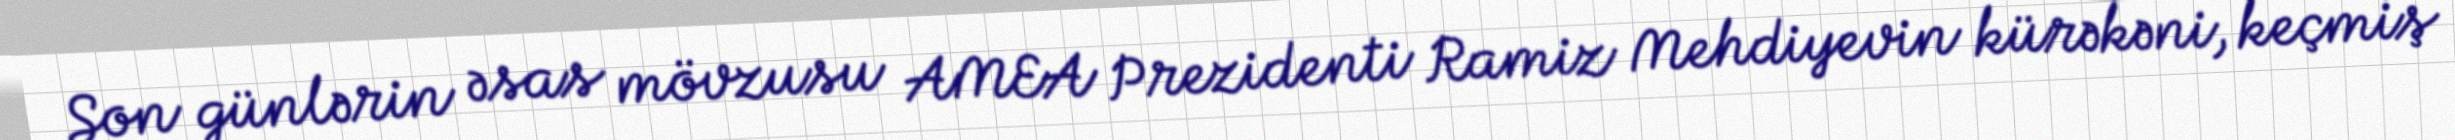
Son günlərin əsas mövzusu AMEA Prezidenti Ramiz Mehdiyevin kürəkəni, keçmiş